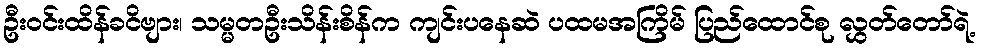
ဦးဝင်းထိန်ခငိဗျား၊ သမ္မတဦးသိန်းစိန်က ကျင်းပနေဆဲ ပထမအကြိမ် ပြည်ထောင်စု လွှတ်တော်ရဲ့